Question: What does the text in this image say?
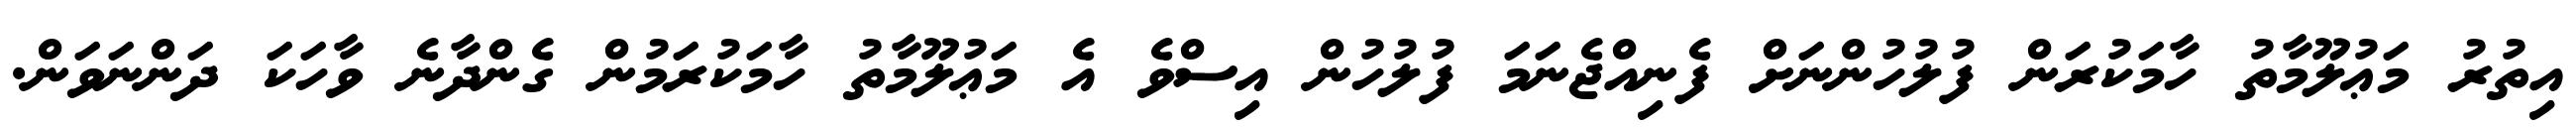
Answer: އިތުރު މަޢުލޫމާތު ހާމަކުރަން ފުލުހުންނަށް ފެނިއްޖެނަމަ ފުލުހުން އިސްވެ އެ މަޢުލޫމާތު ހާމަކުރަމުން ގެންދާނެ ވާހަކަ ދަންނަވަން.